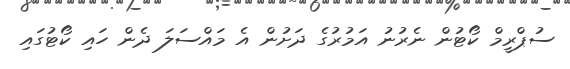
ސުޕްރީމް ކޯޓުން ނެރުނު އަމުރުގެ ދަށުން އެ މައްސަލަ ދެން ހައި ކޯޓުގައި